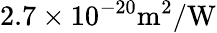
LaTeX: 2.7\times 10^{-20}\mathrm{m^{2}/W}